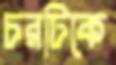
চরটিকে